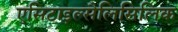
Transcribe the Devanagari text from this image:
एसिटाइल्सैलिसिलिक